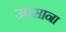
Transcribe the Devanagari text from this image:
उपसाना